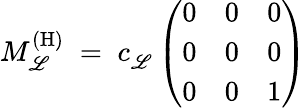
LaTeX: M_{\mathscr{L}}^{(\mathrm{{H)}}}\; =\; c_{\mathscr{L}}^{~}\left(\begin{array}{lll}{{0}}&{{0}}&{{0}}\\ {{0}}&{{0}}&{{0}}\\ {{0}}&{{0}}&{{1}}\end{array}\right)